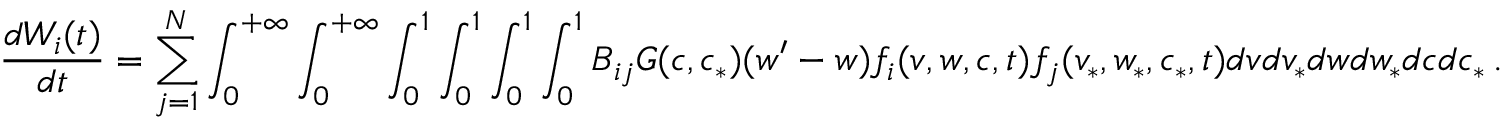
\frac { d W _ { i } ( t ) } { d t } = \sum _ { j = 1 } ^ { N } \int _ { 0 } ^ { + \infty } \int _ { 0 } ^ { + \infty } \int _ { 0 } ^ { 1 } \int _ { 0 } ^ { 1 } \int _ { 0 } ^ { 1 } \int _ { 0 } ^ { 1 } B _ { i j } G ( c , c _ { * } ) ( w ^ { \prime } - w ) f _ { i } ( v , w , c , t ) f _ { j } ( v _ { * } , w _ { * } , c _ { * } , t ) d v d v _ { * } d w d w _ { * } d c d c _ { * } \, .